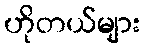
ဟိုတယ်များ